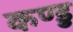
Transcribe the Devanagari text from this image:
कण्डु